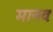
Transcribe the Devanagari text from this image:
मानवः